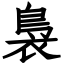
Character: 裊